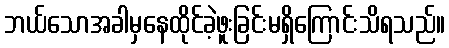
ဘယ်သောအခါမှနေထိုင်ခဲ့ဖူးခြင်းမရှိကြောင်းသိရသည်။